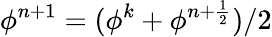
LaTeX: \phi^{n+1}=(\phi^{k}+\phi^{n+\frac{1}{2}})/2